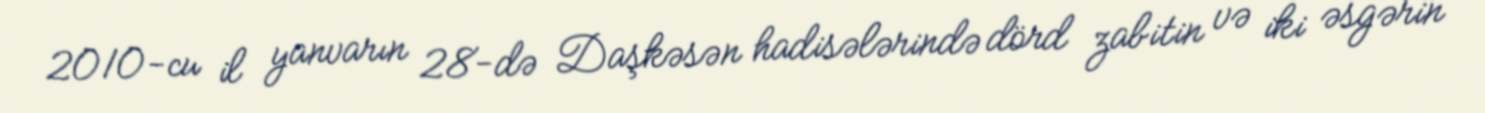
2010-cu il yanvarın 28-də Daşkəsən hadisələrində dörd zabitin və iki əsgərin